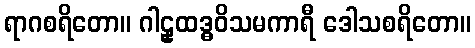
ရာဂစရိတော။ ဂါဠှထဒ္ဓဝိသမကာရီ ဒေါသစရိတော။